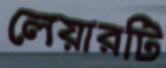
লেয়ারটি